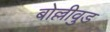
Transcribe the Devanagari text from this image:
बोल्लीवुड